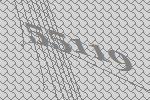
55119